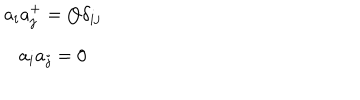
LaTeX: \begin{array} { c } { { a _ { i } a _ { j } ^ { + } = Q \delta _ { i j } } } \\ { { a _ { i } a _ { j } = 0 } } \\ \end{array}